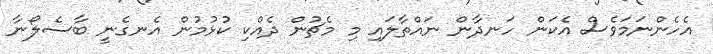
އެހެންނަމަވެސް އެކަން ހަނދާން ނައްތާލައި މި މެޗުން ދެއްކި ކުޅުމުން އެނގެނީ ބާސެލޯނާ